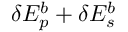
\delta E _ { p } ^ { b } + \delta E _ { s } ^ { b }